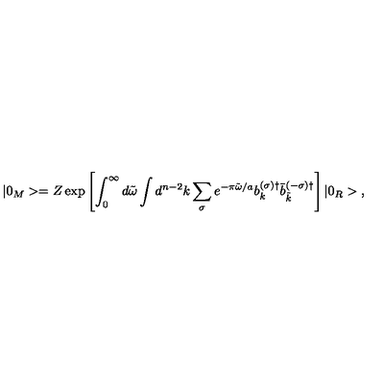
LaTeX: | 0 _ { M } > = Z \exp \left[ { \int _ { 0 } ^ { \infty } d \tilde { \omega } \int d ^ { n - 2 } k \sum _ { \sigma } e ^ { - \pi \tilde { \omega } / a } b _ { k } ^ { ( \sigma ) \dagger } \bar { b } _ { \tilde { k } } ^ { ( - \sigma ) \dagger } } \right] | 0 _ { R } > { , }